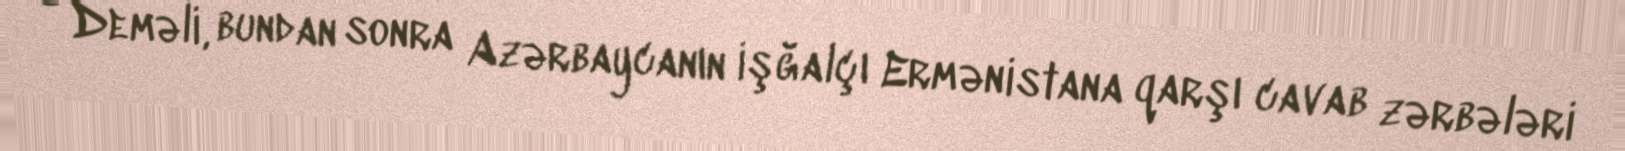
- Deməli, bundan sonra Azərbaycanın işğalçı Ermənistana qarşı cavab zərbələri